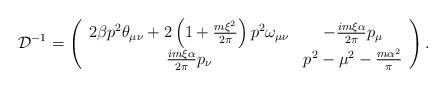
LaTeX: \begin{align*}{\cal D}^{-1}=\left( \begin{array}{cc}2\beta p^{2}\theta _{\mu \nu }+2\left( 1+\frac{m\xi ^{2}}{2\pi }\right)p^{2}\omega _{\mu \nu } & -\frac{im\xi \alpha }{2\pi }p_{\mu } \\ \frac{im\xi \alpha }{2\pi }p_{\nu } & p^{2}-\mu ^{2}-\frac{m\alpha ^{2}}{\pi }\end{array}\right) . \end{align*}